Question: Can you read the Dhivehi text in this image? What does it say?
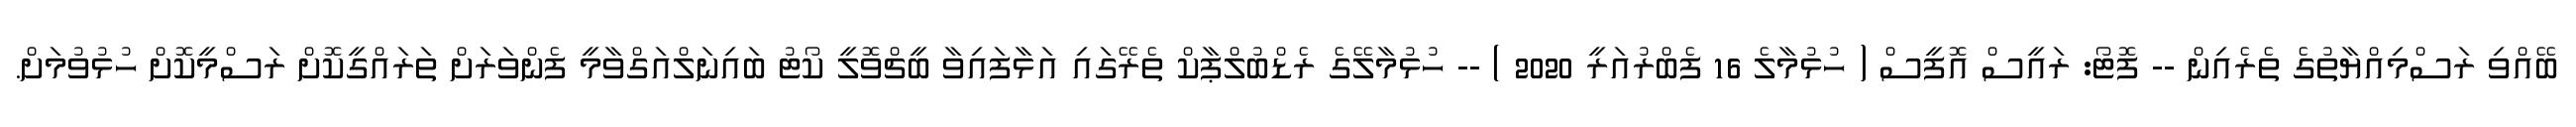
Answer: ބޭއްވި ރަސްމިއްޔާތުގެ ތެރެއިން -- ފޮޓޯ: ރައީސް އޮފީސް ( ހުޅުމާލެ 16 ފެބްރުއަރީ 2020 ) -- ހުޅުމާލޭގެ ރެޑްބުލްޕާކް ތެރޭގައި އަޅާފައިވާ ބީޗްވޮލީ ކޯޓު ބައިނަލްއަގްވާމީ ފެންވަރަށް ތަރައްގީކޮށް ރަސްމީކޮށް ހުޅުވުމަށް.